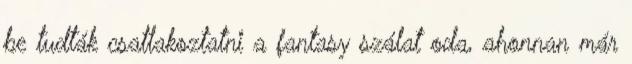
be tudták csatlakoztatni a fantasy szálat oda, ahonnan már